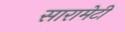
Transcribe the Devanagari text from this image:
सारामेटी